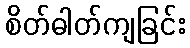
စိတ်ဓါတ်ကျခြင်း